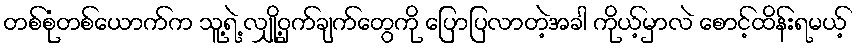
တစ်စုံတစ်ယောက်က သူ့ရဲ့ လျှို့ဝှက်ချက်တွေကို ပြောပြလာတဲ့အခါ ကိုယ့်မှာလဲ စောင့်ထိန်းရမယ့်